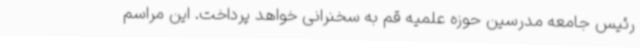
رئیس جامعه مدرسین حوزه علمیه قم به سخنرانی خواهد پرداخت. این مراسم